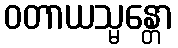
ဝတာယသ္မန္တော